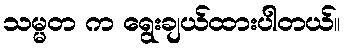
သမ္မတ က ရွေးချယ်ထားပါတယ်။